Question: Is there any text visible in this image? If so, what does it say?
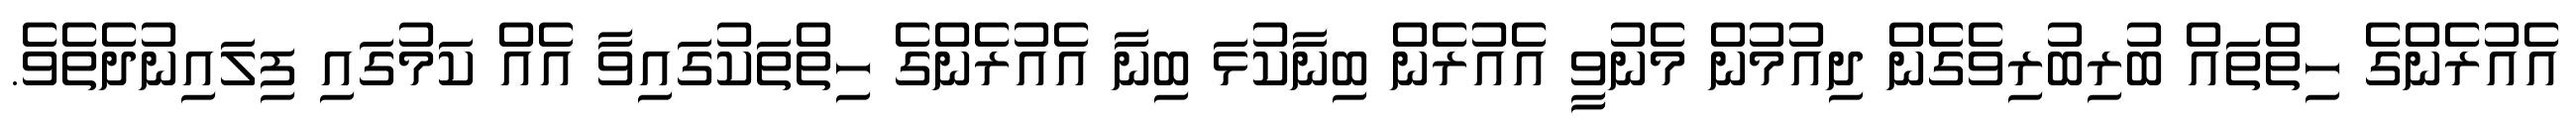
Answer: އެއުރެންގެ ހިތްތައް ބުރިބުރިވެގެން ދިއުމުން މެނުވީ އެއުރެން ބިނާކުޅަ ބިނާ އެއުރެންގެ ހިތްތަކުގައިވާ އެއް ކަމުގައި ފިލައިނުދެތެވެ.